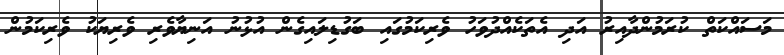
މަސައްކަތް ކުރަމުންދާއިރު އަދި އެތަކެއްދުވަހު ވެރިކަމުގައި ބަގުޑިލައިގެން އުޅުނު އަނިޔާވެރި ވެރިޔަކު ވެރިކަމުން